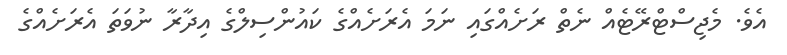
އެވެ. މެޖިސްޓްރޭޓެއް ނެތް ރަށެއްގައި ނަމަ އެރަށެއްގެ ކައުންސިލްގެ އިދާރާ ނުވަތަ އެރަށެއްގެ